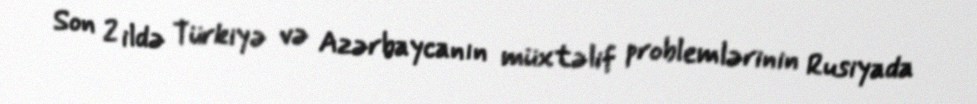
Son 2 ildə Türkiyə və Azərbaycanın müxtəlif problemlərinin Rusiyada